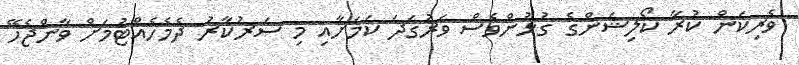
ވެރިކަން ކުރާ ކޯލިޝަންގެ ގުޅުންވެސް ވަރުގަދަ ކަމަށާއި މި ސަރުކާރު ދެމެހެއްޓުމަށް ވާންޖެހޭ